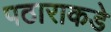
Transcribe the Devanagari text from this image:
पठाराकडे